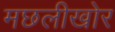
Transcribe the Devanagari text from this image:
मछलीखोर